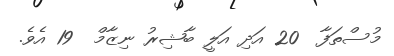
މުސްތަފާ  20 އަދި އަލީ ބާޝިރު ނިޒާމް  19 އެވެ.